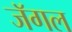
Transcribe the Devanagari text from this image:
जॅगल